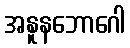
အနူနဘောဂေါ